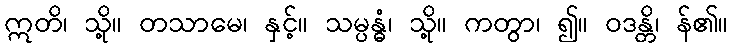
ဣတိ၊ သို့။ တသာမေ၊ နှင့်။ သမ္ပန္ဓံ၊ သို့။ ကတွာ၊ ၍။ ဝဒန္တိ၊ န်၏။